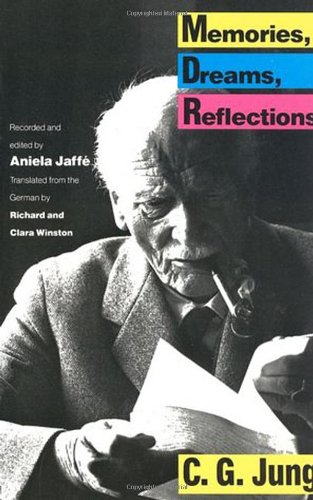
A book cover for Memories, Dreams, Reflections; C.G. Jung; Medical Books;